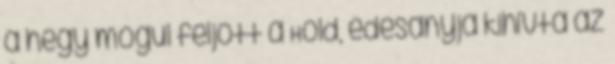
a hegy mögül feljött a Hold, édesanyja kihívta az